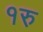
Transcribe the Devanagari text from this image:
१रु